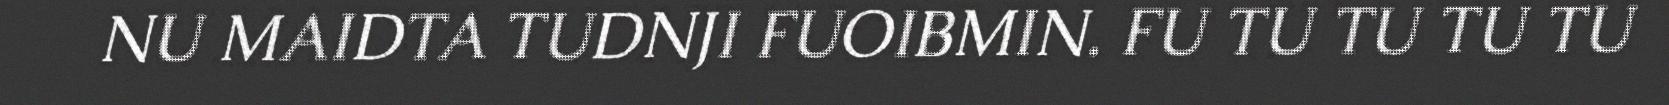
NU MAIDTA TUDNJI FUOIBMIN. FU TU TU TU TU